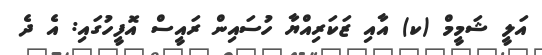
އަލީ ޝަމީމް (ކ) އާއި ޒަކަރިއްޔާ ހުސައިން ރައީީސް އޮފީހުގައި: އެ ދެ